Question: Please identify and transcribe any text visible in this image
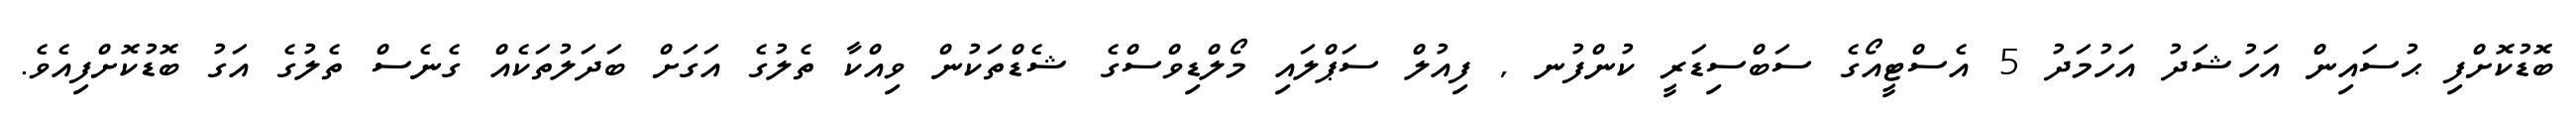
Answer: ބޮޑުކޮށްފި ޙުސައިން އަހުޝަދު އަހުމަދު 5 އެސްޓީއޯގެ ސަބްސިޑަރީ ކުންފުނ , ފިއުލް ސަޕްލައި މޯލްޑިވްސްގެ ޝެޑްތަކުން ވިއްކާ ތެލުގެ އަގަށް ބަދަލުތަކެއް ގެނެސް ތެލުގެ އަގު ބޮޑުކޮށްފިއެވެ.